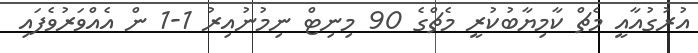
އުރުގުއާއީ މެޗް ކާމިޔާބުކުރީ މެޗްގެ 90 މިނިޓް ނިމުނުއިރު 1-1 ން އެއްވަރުވެފައި